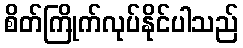
စိတ်ကြိုက်လုပ်နိုင်ပါသည်